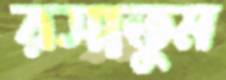
রসাতুম